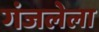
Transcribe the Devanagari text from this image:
गंजलेला